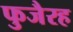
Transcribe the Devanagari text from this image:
फुजैरह